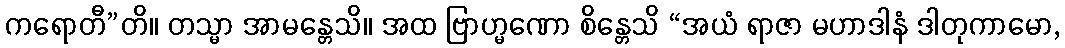
ကရောတီ”တိ။ တသ္မာ အာမန္တေသိ။ အထ ဗြာဟ္မဏော စိန္တေသိ “အယံ ရာဇာ မဟာဒါနံ ဒါတုကာမော,